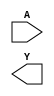
module sky130_fd_sc_ls__clkdlyinv3sd1 (
    //# {{data|Data Signals}}
    input  A,
    output Y
);

    // Voltage supply signals
    supply1 VPWR;
    supply0 VGND;
    supply1 VPB ;
    supply0 VNB ;

endmodule